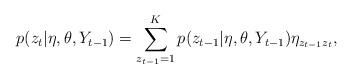
LaTeX: \begin{align*}p(z_t|\eta,\theta, Y_{t-1})=\sum_{z_{t-1}=1}^{K}{p(z_{t-1}|\eta,\theta, Y_{t-1})\eta_{z_{t-1}z_t}},\end{align*}